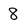
Character: 8